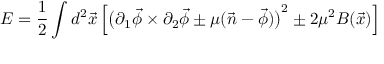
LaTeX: E = { \frac { 1 } { 2 } } \int d ^ { 2 } \vec { x } \, \Bigl [ \bigl ( \partial _ { 1 } \vec { \phi } \times \partial _ { 2 } \vec { \phi } \pm \mu ( \vec { n } - \vec { \phi } ) \bigr ) ^ { 2 } \pm 2 \mu ^ { 2 } B ( \vec { x } ) \Bigr ]